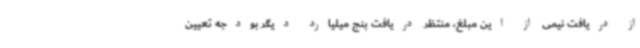
از دریافت نیمی از این مبلغ، منتظر دریافت پنج میلیارد دیگر بودجه تعیین